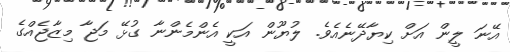
އޭނަ ލީން އަށް ކިޔާދޭނެއެވެ. ލުޔޫން އަކީ އެންމެންނާ ގުޅޭ މަޖާ މިޒާޖެއްގެ